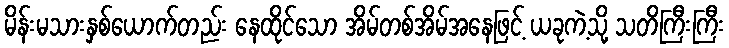
မိန်းမသားနှစ်ယောက်တည်း နေထိုင်သော အိမ်တစ်အိမ်အနေဖြင့် ယခုကဲ့သို့ သတိကြီးကြီး